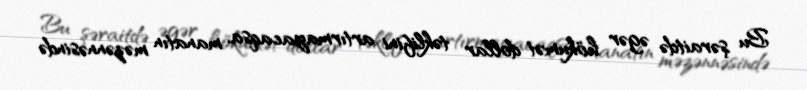
Bu şəraitdə əgər hökumət dollar təklifini artırmayacaqsa, manatın məzənnəsində